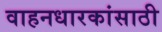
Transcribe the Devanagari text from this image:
वाहनधारकांसाठी